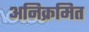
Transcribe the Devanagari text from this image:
अनिक्रमित